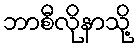
ဘာစီလိုနာသို့